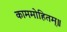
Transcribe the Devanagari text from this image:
काममोहितम्॥